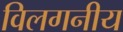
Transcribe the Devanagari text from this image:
विलगनीय